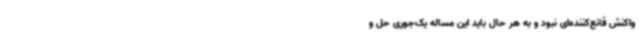
واکنش قانع‌کننده‌ای نبود و به‌ هر حال باید این مساله یک‌جوری حل و